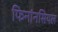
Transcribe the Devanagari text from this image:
फिनांनसियल